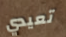
تعيدي